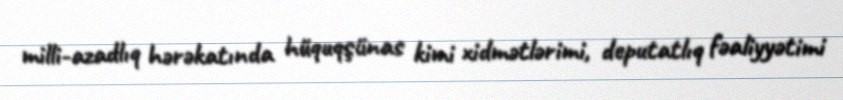
milli-azadlıq hərəkatında hüquqşünas kimi xidmətlərimi, deputatlıq fəaliyyətimi